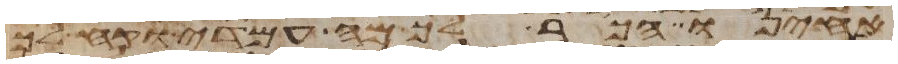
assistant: אחינו הכר לך מה עמדי וקח לך